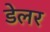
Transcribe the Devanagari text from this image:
डेलर